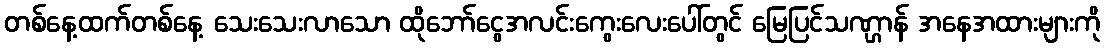
တစ်နေ့ထက်တစ်နေ့ သေးသေးလာသော ထိုဘော်ငွေအလင်းကွေးလေးပေါ်တွင် မြေပြင်သဏ္ဌာန် အနေအထားများကို